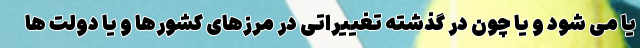
یا می شود و یا چون در گذشته تغییراتی در مرزهای کشورها و یا دولت ها